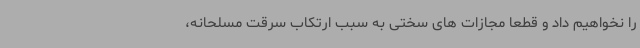
را نخواهیم داد و قطعا مجازات های سختی به سبب ارتکاب سرقت مسلحانه،